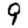
Digit: 9